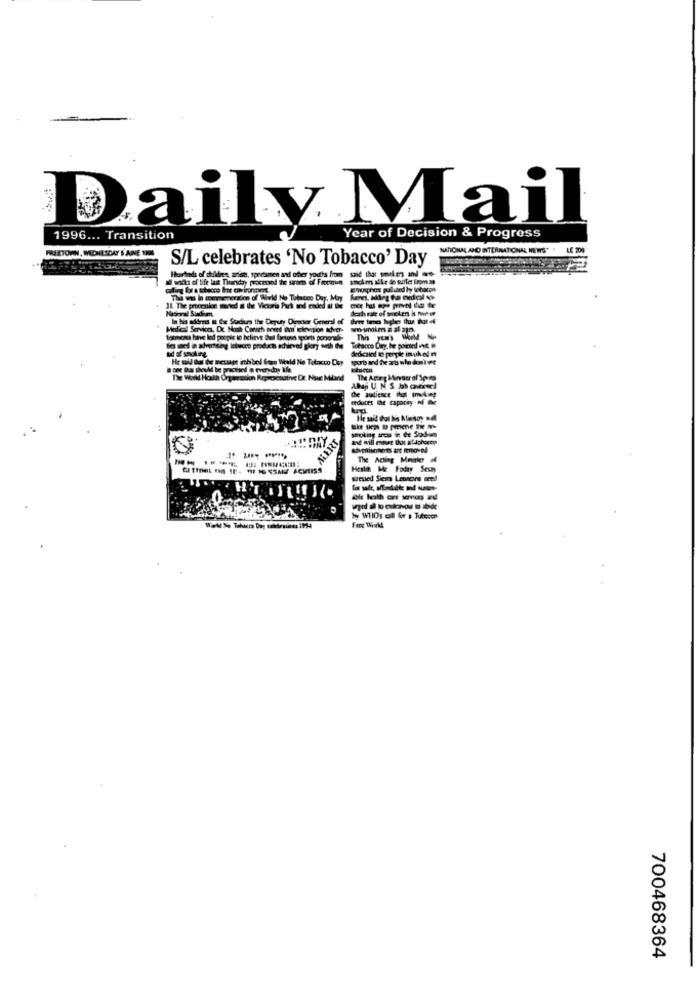
Daily Mail
1996 ... Transition
Year of Decision & Progress
FREETOWN, MIDNESDAY S ARE NEL
NATIONAL AND INTERNATIONAL NEWS" . LE 200
S/L celebrates 'No Tobacco' Day
wilts of life las Thursday processed the streets of Freetown
Harbods of duidres, artist, sportsmen and oder youths from said that oneers and .e-
ymcko alle de suffer from se
Tha was in coomenoration of Wild No Tobetoo Duy, May
Nasmral Stadium.
IL. The proorukoe maried a the Victoria Park med ended al the
In bin adoras a Che Suchen the Deputy Director General of
Medical Services, Dc Noch Corach avreed Ini ckevasos tohvor-
Tobacco Day. he pointed out. i
dedicated to people inuk el n
toall that the newage ichbol fem Wald Ne Totwo Day
The Work Houn Orgamation Reprocsuinve DE Nue Mila
The Aring Mirvner af Spo
de audience thol Inket
MERT
and will ennet Dot a laphorn
The Acting Meister
Health Me Foday Seway
dressed Sierra Leoneonss med
Ww WIIOs oll for a Tutecon
700468364